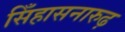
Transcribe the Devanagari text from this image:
सिँहासनारुढ़